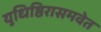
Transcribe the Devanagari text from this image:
युधिष्ठिरासमवेत